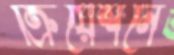
ক্রিয়েশনে